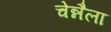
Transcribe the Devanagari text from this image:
चेन्नैला